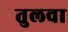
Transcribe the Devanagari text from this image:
तुलवा